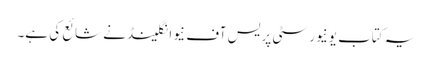
یہ کتاب یونیورسٹی پریس آف نیوانگلینڈ نے شائع کی ہے۔